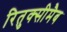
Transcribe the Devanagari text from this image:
रितुक्सीमैब